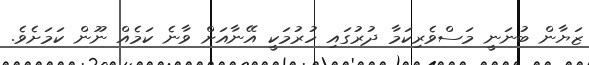
ޒަޔާން ބުނަނީ މަސްވެރިކަމާ ދުރުގައި ހުރުމަކީ އޭނާއަށް ވާނެ ކަމެއް ނޫން ކަމަށެވެ.